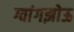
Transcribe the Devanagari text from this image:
ग्वांगझोऊ